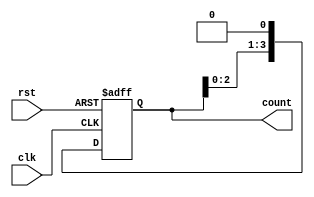
module ring_counter (
  input wire clk,
  input wire rst,
  output reg [3:0] count
);

always @(posedge clk or posedge rst) begin
  if (rst) begin
    count <= 4'b0000;
  end else begin
    count <= count << 1;
  end
end

endmodule